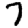
Digit: 7